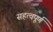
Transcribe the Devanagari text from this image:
सहत्वपूर्ण